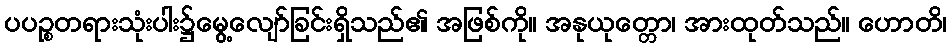
ပပဉ္စတရားသုံးပါး၌မွေ့လျော်ခြင်းရှိသည်၏ အဖြစ်ကို။ အနုယုတ္တော၊ အားထုတ်သည်။ ဟောတိ၊